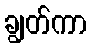
ချွတ်ကာ